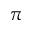
\pi